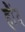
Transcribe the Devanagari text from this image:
हौंद